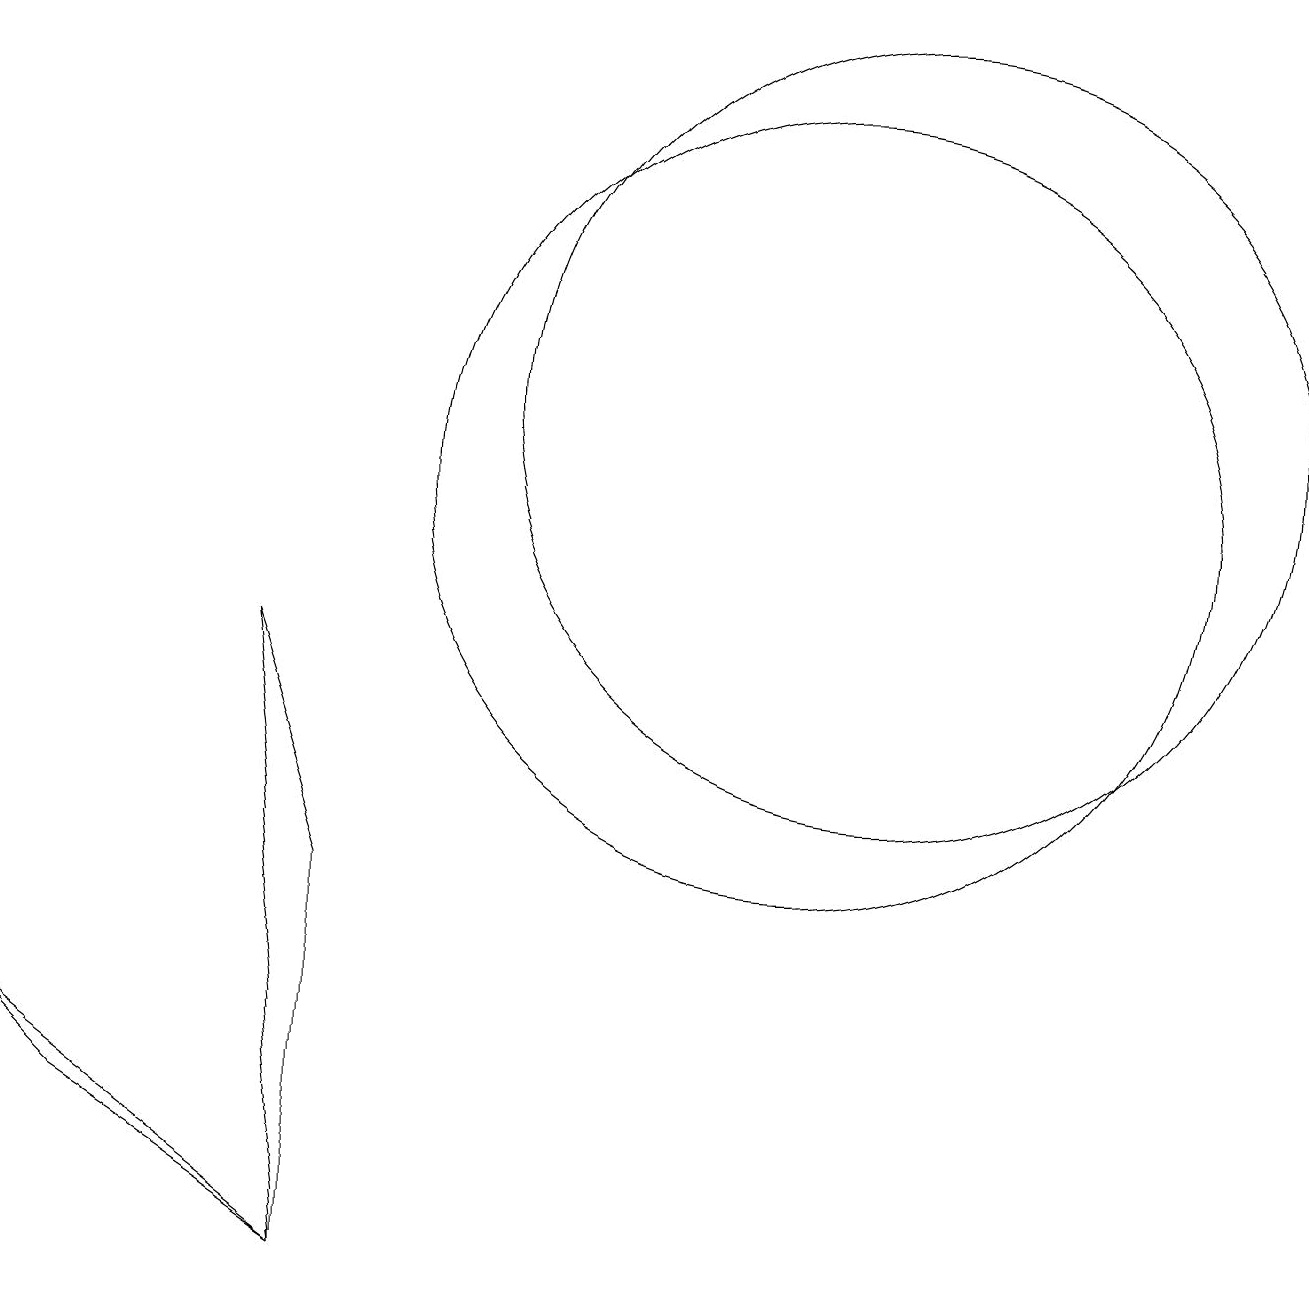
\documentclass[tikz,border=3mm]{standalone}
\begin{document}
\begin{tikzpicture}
\draw (11,12) circle (5);
\draw (4,1) -- (4,6) -- (3,9) -- cycle;
\draw (10,11) circle (5);
\draw (0,4) -- (4,1) -- (1,3) -- cycle;
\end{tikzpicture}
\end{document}